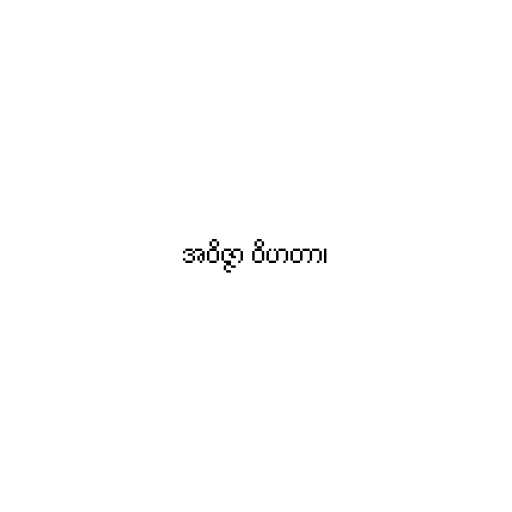
အဝိဇ္ဇာ ဝိဟတာ၊